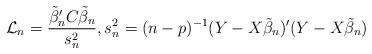
LaTeX: \begin{align*}\mathcal{L}_n= \frac{\tilde{\beta}_n'C\tilde{\beta}_n}{s^2_n}, s^2_n = (n-p)^{-1} (Y-X\tilde{\beta}_n)'(Y-X\tilde{\beta}_n)\end{align*}